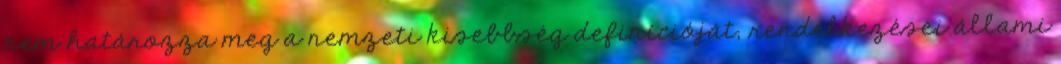
nem határozza meg a nemzeti kisebbség definícióját; rendelkezései állami